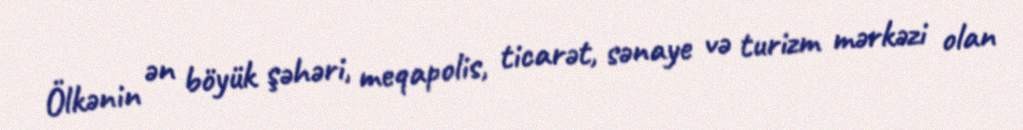
Ölkənin ən böyük şəhəri, meqapolis, ticarət, sənaye və turizm mərkəzi olan